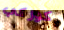
كوركي